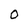
Character: O